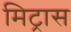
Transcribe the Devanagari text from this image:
मिट्रास